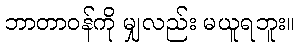
ဘာတာဝန်ကို မျှလည်း မယူရဘူး။